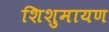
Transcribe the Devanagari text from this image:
शिशुमायण